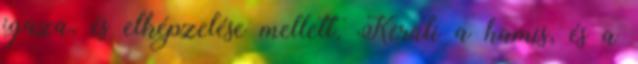
igaza, és elképzelése mellett. Kerüli a hamis, és a